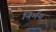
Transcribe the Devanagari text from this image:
निर्मय